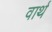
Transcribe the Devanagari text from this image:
वार्थ